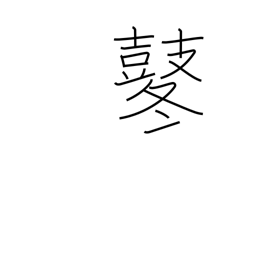
Meaning: beating of drums